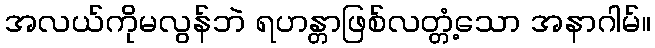
အလယ်ကိုမလွန်ဘဲ ရဟန္တာဖြစ်လတ္တံ့သော အနာဂါမ်။